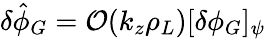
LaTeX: \delta\hat{\phi}_{G}={\cal O}(k_{z}\rho_{L})[\delta\phi_{G}]_{\psi}